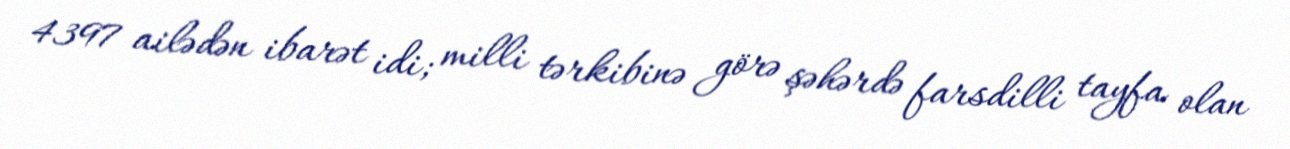
4397 ailədən ibarət idi; milli tərkibinə görə şəhərdə farsdilli tayfa olan